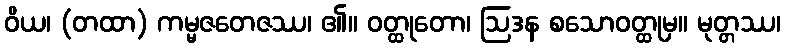
ဝိယ၊ (တထာ) ကမ္မဇတေဇဿ၊ ၏။ ဝတ္ထုတော၊ ဩဒန စသောဝတ္ထုမှ။ မုတ္တဿ၊